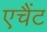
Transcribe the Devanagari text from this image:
एचैंट